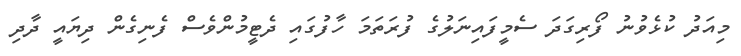
މިއަދު ކުޅެވުނު ފޯރިގަދަ ސެމީފައިނަލުގެ ފުރަތަމަ ހާފުގައި ދެޓީމުންވެސް ފެނިގެން ދިޔައީ ދާދި